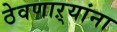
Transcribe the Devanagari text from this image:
ठेवणाऱ्यांना